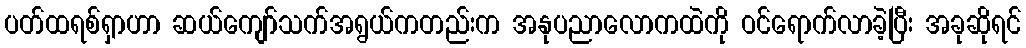
ပတ်ထရစ်ရှာဟာ ဆယ်ကျော်သက်အရွယ်ကတည်းက အနုပညာလောကထဲကို ဝင်ရောက်လာခဲ့ပြီး အခုဆိုရင်